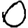
Digit: 0